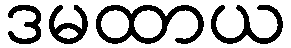
ဒမထာယ